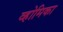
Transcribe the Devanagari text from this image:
व्होमिका